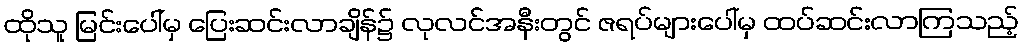
ထိုသူ မြင်းပေါ်မှ ပြေးဆင်းလာချိန်၌ လုလင်အနီးတွင် ဇရပ်များပေါ်မှ ထပ်ဆင်းလာကြသည့်